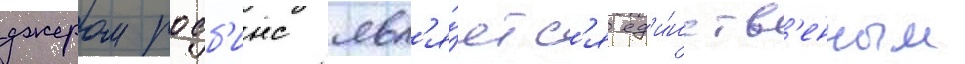
джером робб'инс явл'я́етс'я ед'и́нств'енным